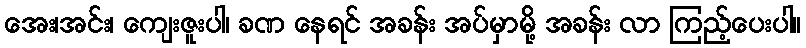
အေး၊အင်း၊ ကျေးဇူးပါ၊ ခဏ နေရင် အခန်း အပ်မှာမို့ အခန်း လာ ကြည့်ပေးပါ။